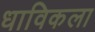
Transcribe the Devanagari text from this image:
धाविकला